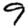
Digit: 9